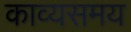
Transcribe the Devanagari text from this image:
काव्यसमय